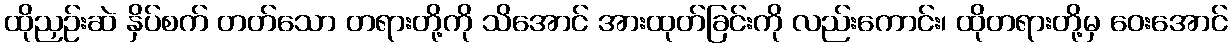
ထိုညှဉ်းဆဲ နှိပ်စက် တတ်သော တရားတို့ကို သိအောင် အားထုတ်ခြင်းကို လည်းကောင်း၊ ထိုတရားတို့မှ ဝေးအောင်